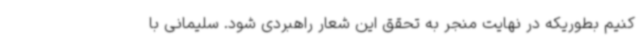
کنیم بطوریکه در نهایت منجر به تحقق این شعار راهبردی شود. سلیمانی با